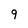
Character: 9